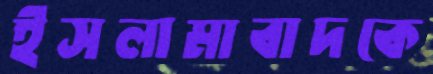
ইসলামাবাদকে